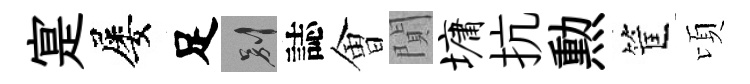
寔屡足别誌㑹閴墉抗勲筐頃